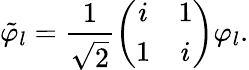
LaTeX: \tilde{\varphi}_{l}=\frac{1}{\sqrt{2}}\left(\begin{array}{cc}{i}&{1}\\ {1}&{i}\end{array}\right)\varphi_{l}.